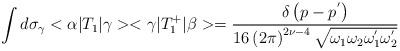
LaTeX: \begin{align*}\int d{\sigma}_{\gamma}<\alpha|T_1|\gamma><\gamma|T_1^{+}|\beta>=\frac {\delta\left(p-p^{'}\right)} {16 \left(2\pi\right)^{2\nu-4}\sqrt{{\omega}_1{\omega}_2{\omega}_1^{'}{\omega}_2^{'}}}\end{align*}